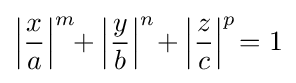
\left|{\frac {x}{a}}\right|^{m}\!\!+\left|{\frac {y}{b}}\right|^{n}\!+\left|{\frac {z}{c}}\right|^{p}\!=1